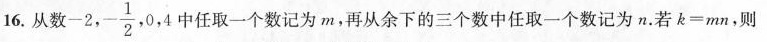
16.从数-2， $$- \frac{1} {2},$$ 0，4中任取一个数记为m，再从余下的三个数中任取一个数记为n.若$$k=mn$$，则